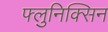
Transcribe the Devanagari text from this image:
फ्लुनिक्सिन